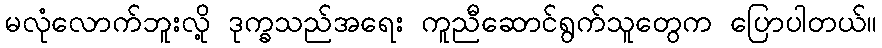
မလုံလောက်ဘူးလို့ ဒုက္ခသည်အရေး ကူညီဆောင်ရွက်သူတွေက ပြောပါတယ်။